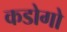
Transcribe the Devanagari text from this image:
कडोगो